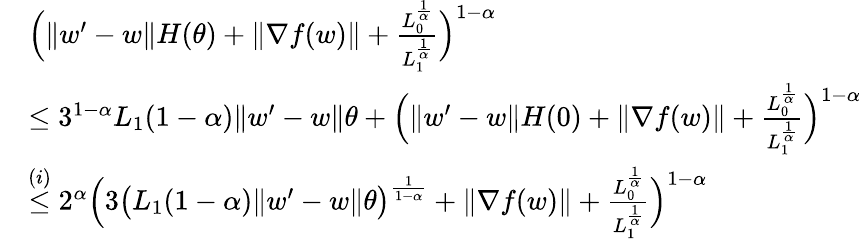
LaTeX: \begin{array}{rl}&{\Big(\| w^{\prime}-w\| H(\theta)+\| \nabla f(w)\| +\frac{L_{0}^{\frac{1}{\alpha}}}{L_{1}^{\frac{1}{\alpha}}}\Big)^{1-\alpha}}\\ &{\le 3^{1-\alpha}L_{1}(1-\alpha)\| w^{\prime}-w\| \theta+\Big(\| w^{\prime}-w\| H(0)+\| \nabla f(w)\| +\frac{L_{0}^{\frac{1}{\alpha}}}{L_{1}^{\frac{1}{\alpha}}}\Big)^{1-\alpha}}\\ &{\overset{(i)}{\le}2^{\alpha}\Big(3\big(L_{1}(1-\alpha)\| w^{\prime}-w\| \theta\big)^{\frac{1}{1-\alpha}}+\| \nabla f(w)\| +\frac{L_{0}^{\frac{1}{\alpha}}}{L_{1}^{\frac{1}{\alpha}}}\Big)^{1-\alpha}}\end{array}